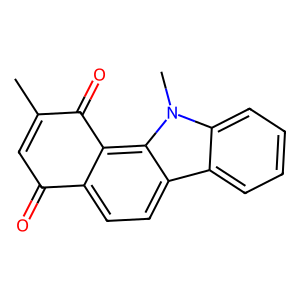
SMILES: CC1=CC(=O)c2ccc3c4ccccc4n(C)c3c2C1=O
Inhibits HIV replication: No